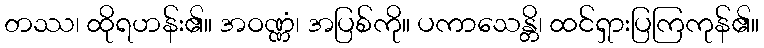
တဿ၊ ထိုရဟန်း၏။ အဝဏ္ဏံ၊ အပြစ်ကို။ ပကာသေန္တိ၊ ထင်ရှားပြကြကုန်၏။